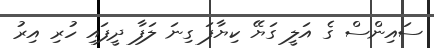
ސައިންސް ގެ އަލީ ގަޔޭ ކިޔާފަ ގިނަ ލަފާ ދީފައި ހުރި އިރު